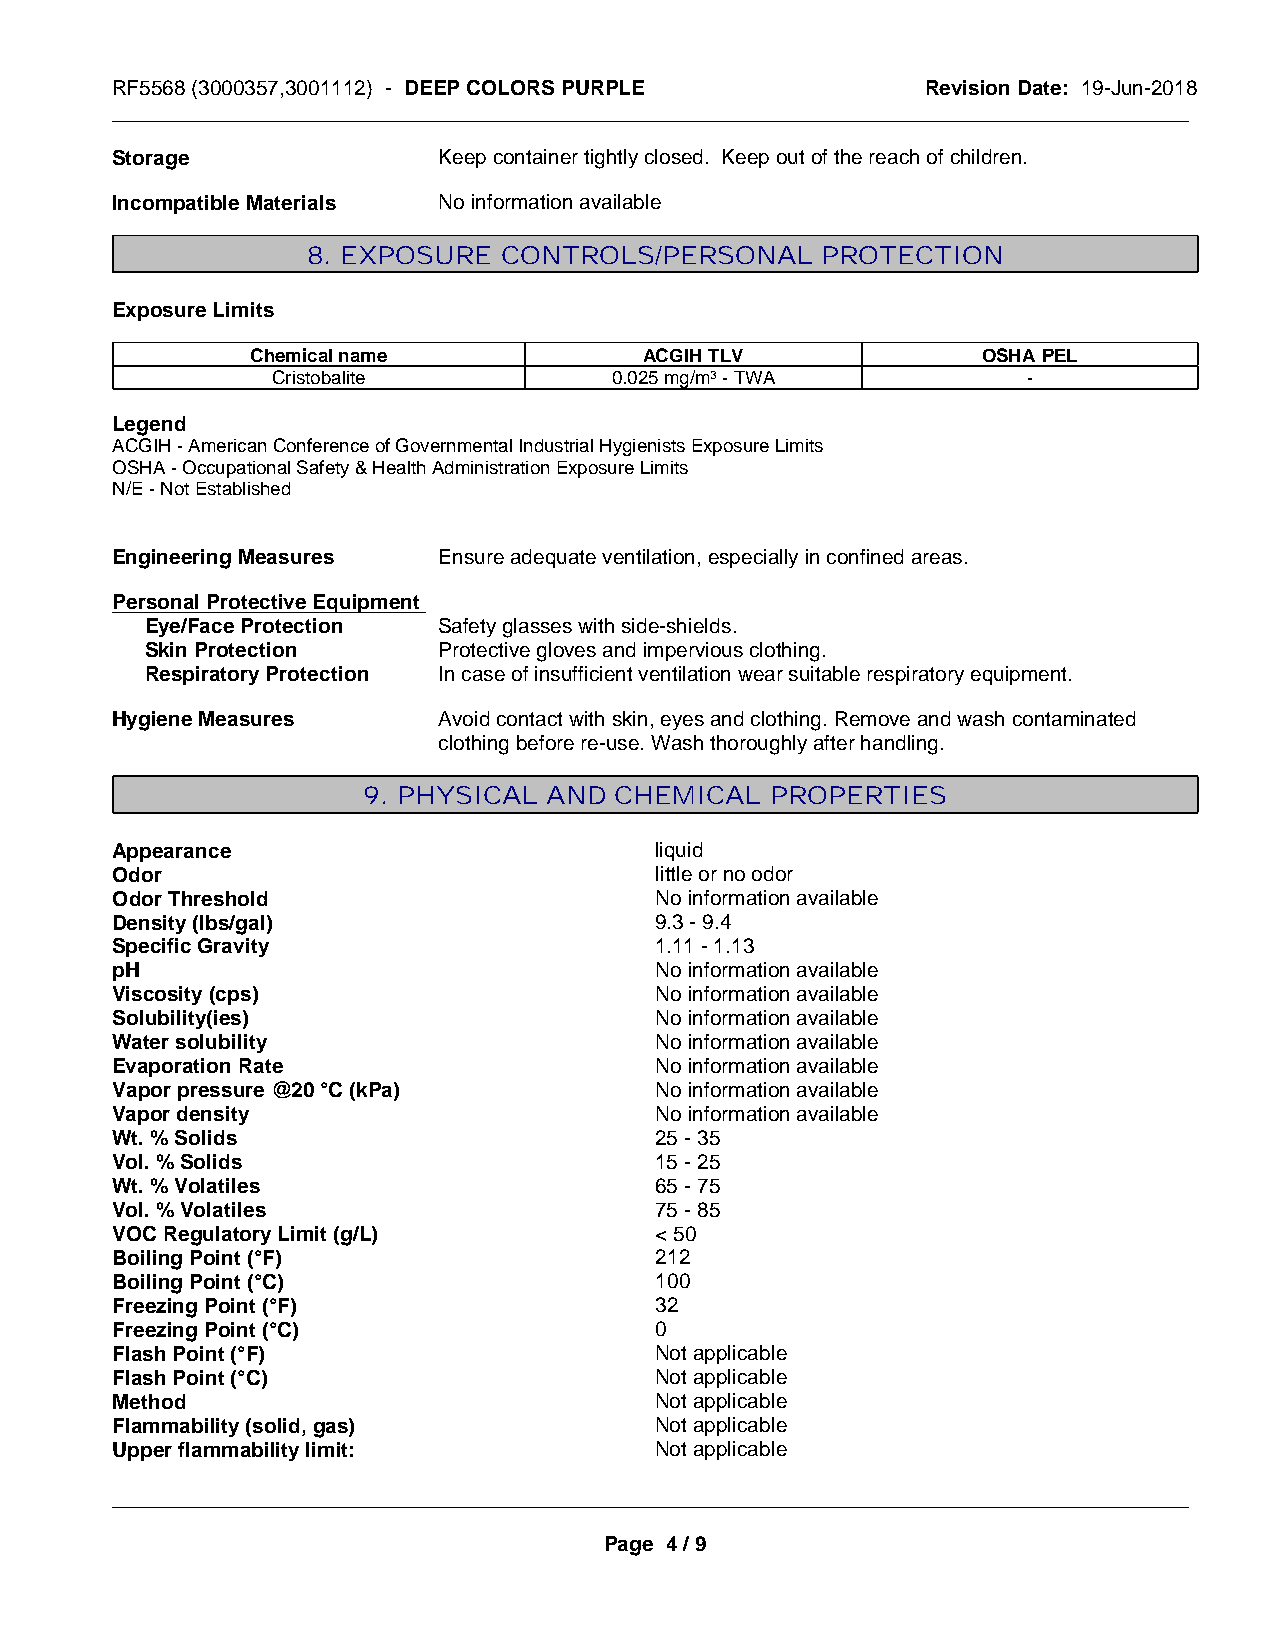
RF5568 (3000357,3001112) - DEEP COLORS PURPLE         Revision Date: 19-Jun-2018
 _____________________________________________________________________________________________
 Storage               Keep container tightly closed. Keep out of the reach of children.
 Incompatible Materials No information available
 8. EXPOSURE  CONTROLS/PERSONAL    PROTECTION
 Exposure Limits
 Chemical name             ACGIH TLV             OSHA PEL
 Cristobalite          0.025 mg/m3 - TWA           -
 Legend
 ACGIH - American Conference of Governmental Industrial Hygienists Exposure Limits
 OSHA - Occupational Safety & Health Administration Exposure Limits
 N/E - Not Established
 Engineering Measures  Ensure adequate ventilation, especially in confined areas.
 Personal Protective Equipment
 Eye/Face Protection Safety glasses with side-shields.
 Skin Protection    Protective gloves and impervious clothing.
 Respiratory Protection In case of insufficient ventilation wear suitable respiratory equipment.
 Hygiene Measures      Avoid contact with skin, eyes and clothing. Remove and wash contaminated
 clothing before re-use. Wash thoroughly after handling.
 9. PHYSICAL AND  CHEMICAL  PROPERTIES
 Appearance                          liquid
 Odor                                little or no odor
 Odor Threshold                      No information available
 Density (lbs/gal)                   9.3 - 9.4
 Specific Gravity                    1.11 - 1.13
 pH                                  No information available
 Viscosity (cps)                     No information available
 Solubility(ies)                     No information available
 Water solubility                    No information available
 Evaporation Rate                    No information available
 Vapor pressure @20 °C (kPa)         No information available
 Vapor density                       No information available
 Wt. % Solids                        25 - 35
 Vol. % Solids                       15 - 25
 Wt. % Volatiles                     65 - 75
 Vol. % Volatiles                    75 - 85
 VOC Regulatory Limit (g/L)          < 50
 Boiling Point (°F)                  212
 Boiling Point (°C)                  100
 Freezing Point (°F)                 32
 Freezing Point (°C)                 0
 Flash Point (°F)                    Not applicable
 Flash Point (°C)                    Not applicable
 Method                              Not applicable
 Flammability (solid, gas)           Not applicable
 Upper flammability limit:           Not applicable
 _____________________________________________________________________________________________
 Page 4 / 9